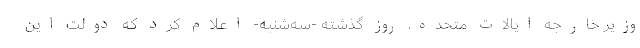
وزیر خارجه ایالات متحده، روز گذشته -‌سه‌شنبه- ‌اعلام کرد که دولت این